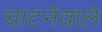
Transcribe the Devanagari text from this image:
चाटनेवाले